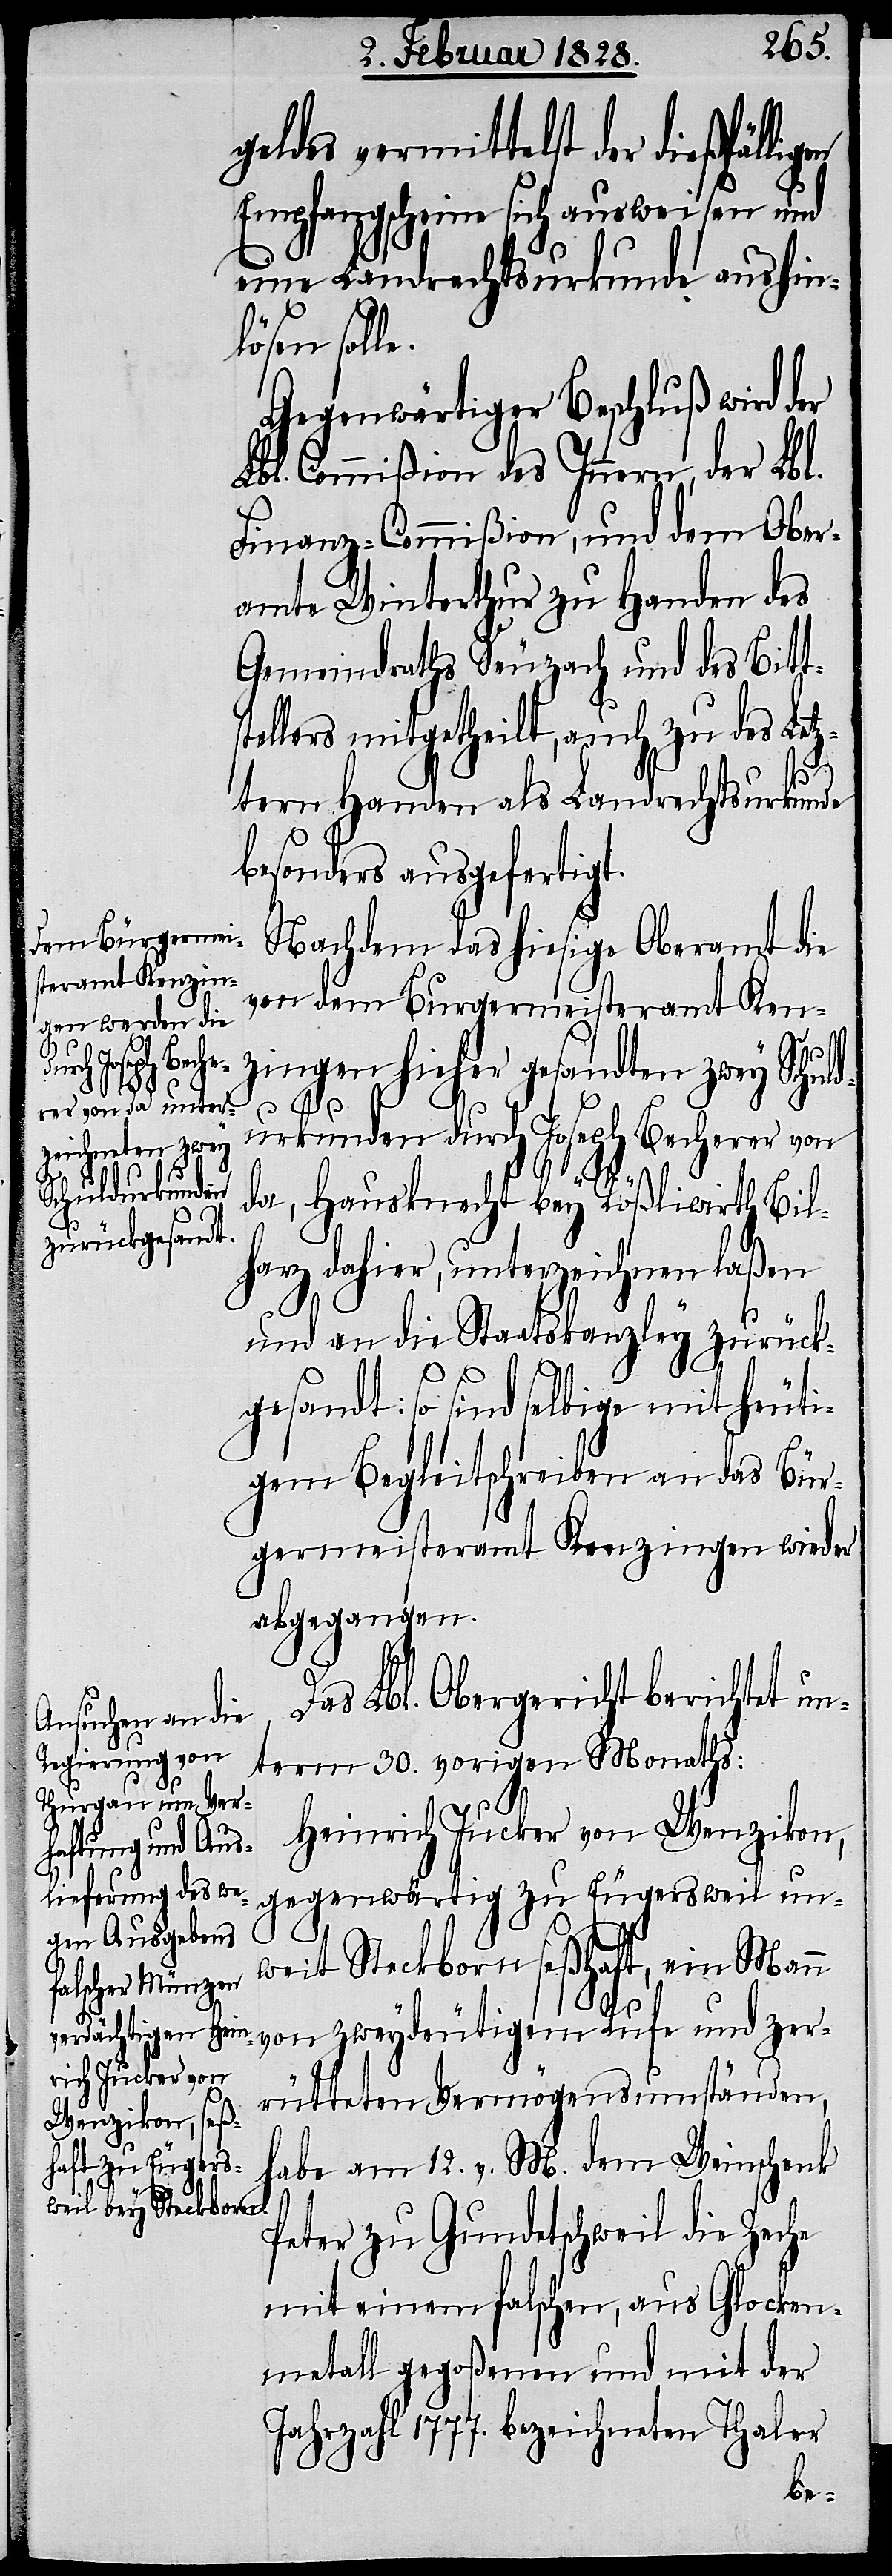
ichnen laßen
terze¬
arz, un¬

geldes vermittelst der dießfälli¬
Empfangscheine sich ausweisen und
eine Landrechtsurkunde aushin¬
lösen solle.
Gegenwärtiger Beschluß wird der
Lbl. Commißion des Innern, der Lbl.
Finanz-Commißion, und dem Ober¬
amte Winterthur zu Handen des
Gemeindraths Seuzach und des Bitt¬
tellers mitgetheilt, auch zu des Letz¬
s¬
tern Handen als Landrechtsurkunde
besonders ausgefertigt.
Nachdem das hiesige Oberamt die
vor dem Burgermeisteramt Ken¬
zingen hieher gesandten zwey Schuld¬
urkunden durch Joseph Becherer von
da, Hausknecht bey Rößliwirth Bilh¬
und an die Staatskanzley zurück¬
n
gesandt: so sind selbige mit heuti¬
gem Begleitschreiben an das Bür¬
germeisteramt Kenzingen wieder
abgegangen.
Das Lbl. Obergericht berichtet un¬
term 30. vorigen Monaths:
Heinrich Jucker von Wenzikon,
gegenwärtig zu Eugersweil un¬
weit Steckborn seßhaft, ein Man¬
von zweydeutigem Rufe und zer¬
rütteten Vermögensumständen,
habe am 12. v. M. dem Weinschenk
Peter zu Gundetschweil die Zeche
mit einem falschen, aus Glocken¬
metall gegoßenen und mit der
Jahrzahl 1777. bezeichneten Thaler